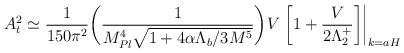
LaTeX: \begin{align*}A_{\sc t}^2\simeq \frac{1}{150\pi^2}\bigg(\frac{1}{M_{Pl}^4\sqrt{1+4\alpha\Lambda_b/3M^5}}\bigg)V\left.\left[1+\frac{V}{2\Lambda_2^+}\right]\right|_{k=aH}\,\end{align*}